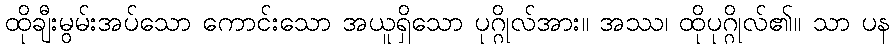
ထိုချီးမွမ်းအပ်သော ကောင်းသော အယူရှိသော ပုဂ္ဂိုလ်အား။ အဿ၊ ထိုပုဂ္ဂိုလ်၏။ သာ ပန